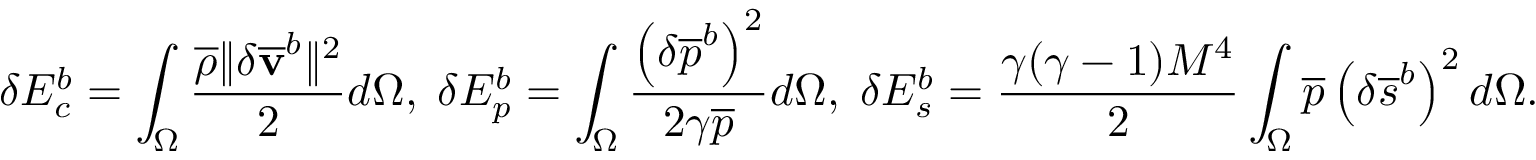
\delta E _ { c } ^ { b } = \int _ { \Omega } \frac { \overline { { \rho } } \| \delta { \mathbf { \overline { { v } } } } ^ { b } \| ^ { 2 } } { 2 } d \Omega , \; \delta E _ { p } ^ { b } = \int _ { \Omega } \frac { \left( \delta \overline { { p } } ^ { b } \right) ^ { 2 } } { 2 \gamma \overline { { p } } } d \Omega , \; \delta E _ { s } ^ { b } = \frac { \gamma ( \gamma - 1 ) M ^ { 4 } } { 2 } \int _ { \Omega } \overline { { p } } \left( \delta { { \overline { { s } } } } ^ { b } \right) ^ { 2 } d \Omega .